Rangoon Lunatic Asylum 1878-1892 - 1878-1892
Year: 1878
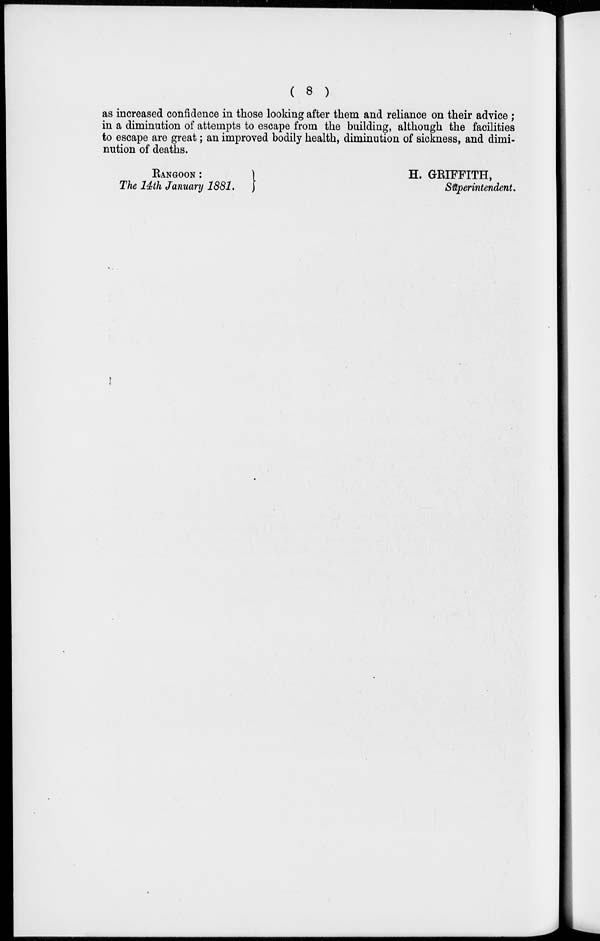
( 8 )
as increased confidence in those looking after them and reliance on their advice ;
in a diminution of attempts to escape from the building, although the facilities
to escape are great ; an improved bodily health, diminution of sickness, and dimi-
nution of deaths.
RANGOON :
The 14th January 1881.
H. GRIFFITH,
Superintendent.